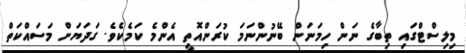
މިލިސްޓްގައި ތިބާގެ ނަން ހިމަނަން ބޭނުންނަމަ ކުރަންއޮތީ އެންމެ ކަމެކެވެ. ގަދަޔަށް މަސައްކަތް